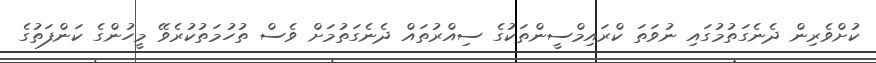
ކުށްވެރިން ދެނެގަތުމުގައި ނުވަތަ ކްރައިމްސީންތަކުގެ ސިއްރުތައް ދެނެގަތުމަށް ވެސް ތުހުމަތުކުރެވޭ މީހުންގެ ކަންފަތުގެ